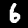
Digit: 6